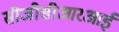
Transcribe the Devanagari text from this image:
सीजीसीआरआई